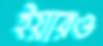
ইয়ারও